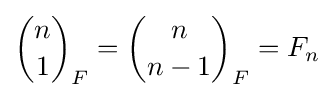
{\binom {n}{1}}_{F}={\binom {n}{n-1}}_{F}=F_{n}